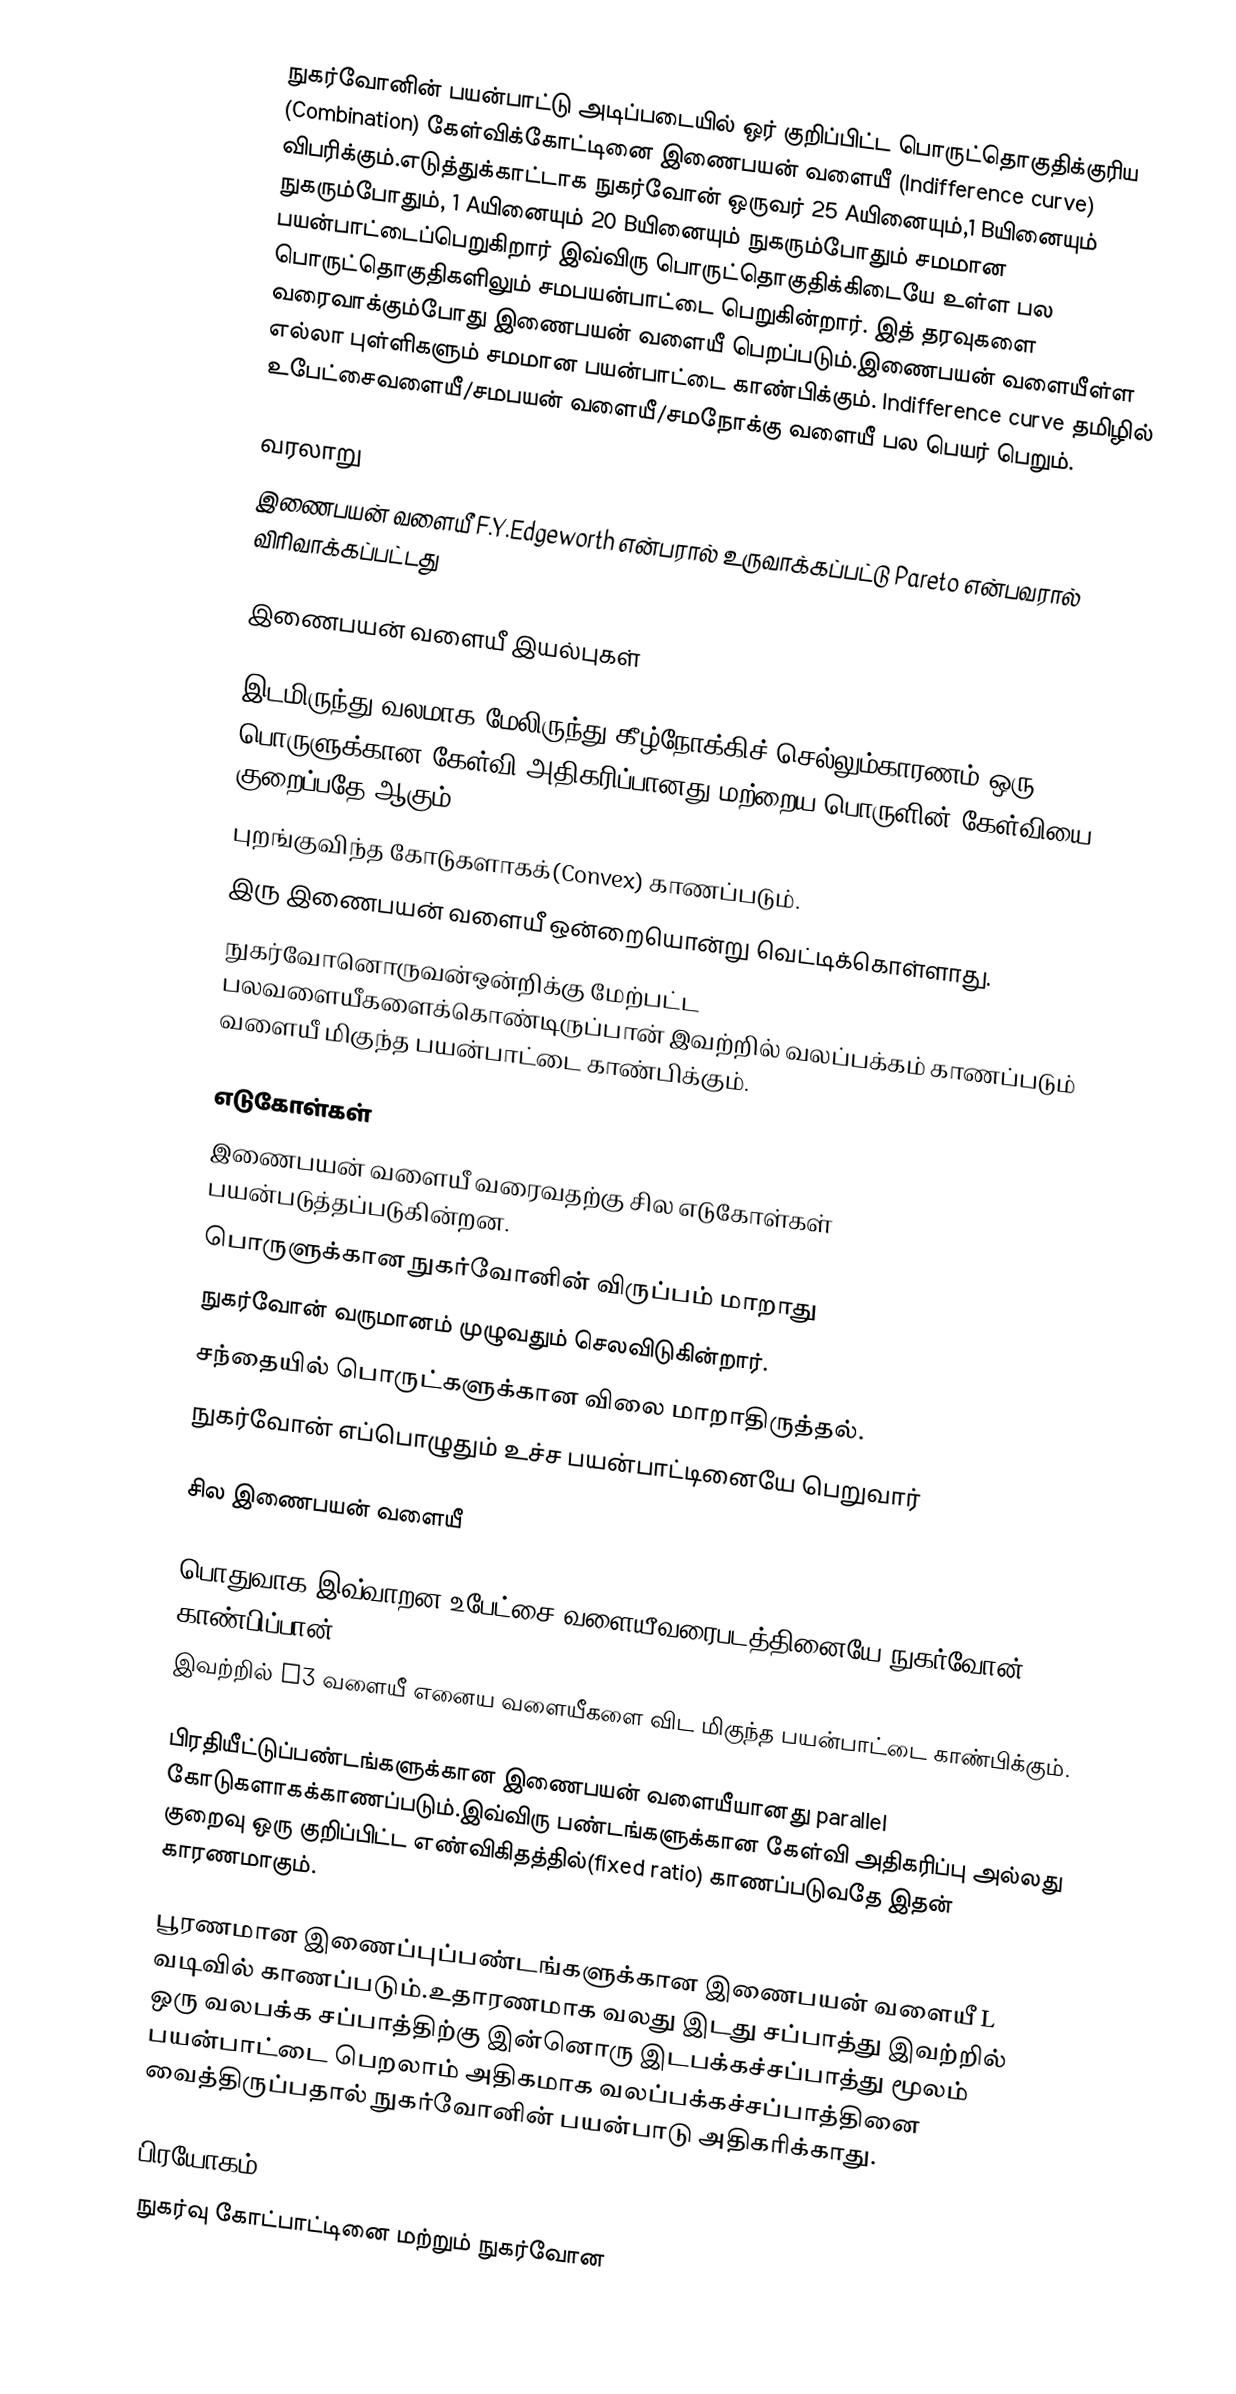
நுகர்வோனின் பயன்பாட்டு அடிப்படையில் ஒர் குறிப்பிட்ட பொருட்தொகுதிக்குரிய (Combination) கேள்விக்கோட்டினை இணைபயன் வளையீ (Indifference curve) விபரிக்கும்.எடுத்துக்காட்டாக நுகர்வோன் ஒருவர் 25 Aயினையும்,1 Bயினையும் நுகரும்போதும், 1 Aயினையும் 20 Bயினையும் நுகரும்போதும் சமமான பயன்பாட்டைப்பெறுகிறார் இவ்விரு பொருட்தொகுதிக்கிடையே உள்ள பல பொருட்தொகுதிகளிலும் சமபயன்பாட்டை பெறுகின்றார். இத் தரவுகளை வரைவாக்கும்போது இணைபயன் வளையீ பெறப்படும்.இணைபயன் வளையீள்ள எல்லா புள்ளிகளும் சமமான பயன்பாட்டை காண்பிக்கும். Indifference curve தமிழில் உபேட்சைவளையீ/சமபயன் வளையீ/சமநோக்கு வளையீ பல பெயர் பெறும்.

வரலாறு
இணைபயன் வளையீ F.Y.Edgeworth என்பரால் உருவாக்கப்பட்டு Pareto என்பவரால் விரிவாக்கப்பட்டது

இணைபயன் வளையீ இயல்புகள்

 இடமிருந்து வலமாக மேலிருந்து கீழ்நோக்கிச் செல்லும்காரணம் ஒரு பொருளுக்கான கேள்வி அதிகரிப்பானது மற்றைய பொருளின் கேள்வியை குறைப்பதே ஆகும்
 புறங்குவிந்த கோடுகளாகக்(Convex) காணப்படும்.
 இரு இணைபயன் வளையீ ஒன்றையொன்று வெட்டிக்கொள்ளாது.
நுகர்வோனொருவன்ஒன்றிக்கு மேற்பட்ட பலவளையீகளைக்கொண்டிருப்பான் இவற்றில் வலப்பக்கம் காணப்படும் வளையீ மிகுந்த பயன்பாட்டை காண்பிக்கும்.

எடுகோள்கள்
இணைபயன் வளையீ வரைவதற்கு சில எடுகோள்கள் பயன்படுத்தப்படுகின்றன.
 பொருளுக்கான நுகர்வோனின் விருப்பம் மாறாது
 நுகர்வோன் வருமானம் முழுவதும் செலவிடுகின்றார்.
 சந்தையில் பொருட்களுக்கான விலை மாறாதிருத்தல்.
 நுகர்வோன் எப்பொழுதும் உச்ச பயன்பாட்டினையே பெறுவார்

சில இணைபயன் வளையீ

பொதுவாக இவ்வாறன உபேட்சை வளையீவரைபடத்தினையே நுகர்வோன் காண்பிப்பான்.
இவற்றில் I3 வளையீ எனைய வளையீகளை விட மிகுந்த பயன்பாட்டை காண்பிக்கும்.

பிரதியீட்டுப்பண்டங்களுக்கான இணைபயன் வளையீயானது parallel கோடுகளாகக்காணப்படும்.இவ்விரு பண்டங்களுக்கான கேள்வி அதிகரிப்பு அல்லது குறைவு ஒரு குறிப்பிட்ட எண்விகிதத்தில்(fixed ratio) காணப்படுவதே இதன் காரணமாகும்.

பூரணமான இணைப்புப்பண்டங்களுக்கான இணைபயன் வளையீ  L வடிவில் காணப்படும்.உதாரணமாக வலது இடது சப்பாத்து இவற்றில் ஒரு வலபக்க சப்பாத்திற்கு இன்னொரு இடபக்கச்சப்பாத்து மூலம் பயன்பாட்டை பெறலாம் அதிகமாக வலப்பக்கச்சப்பாத்தினை வைத்திருப்பதால் நுகர்வோனின் பயன்பாடு அதிகரிக்காது.

பிரயோகம்
நுகர்வு கோட்பாட்டினை மற்றும் நுகர்வோன